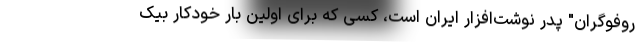
روفوگران" پدر نوشت‌افزار ایران است، کسی که برای اولین بار خودکار بیک